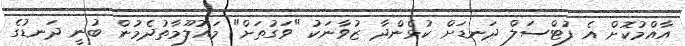
އާއްމުކޮށް އެ ފުޓްސަލް ދަނޑަށް ކުޅެންދާ ޒުވާނަކު "ވަގުތަށް" މައުލޫމާތުދެމުން ބުނީ ދަނޑުގެ